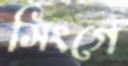
সিংগে